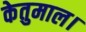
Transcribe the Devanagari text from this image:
केतुमाल।